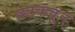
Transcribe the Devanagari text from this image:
लटकवून